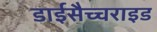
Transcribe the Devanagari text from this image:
डाईसैच्चराइड